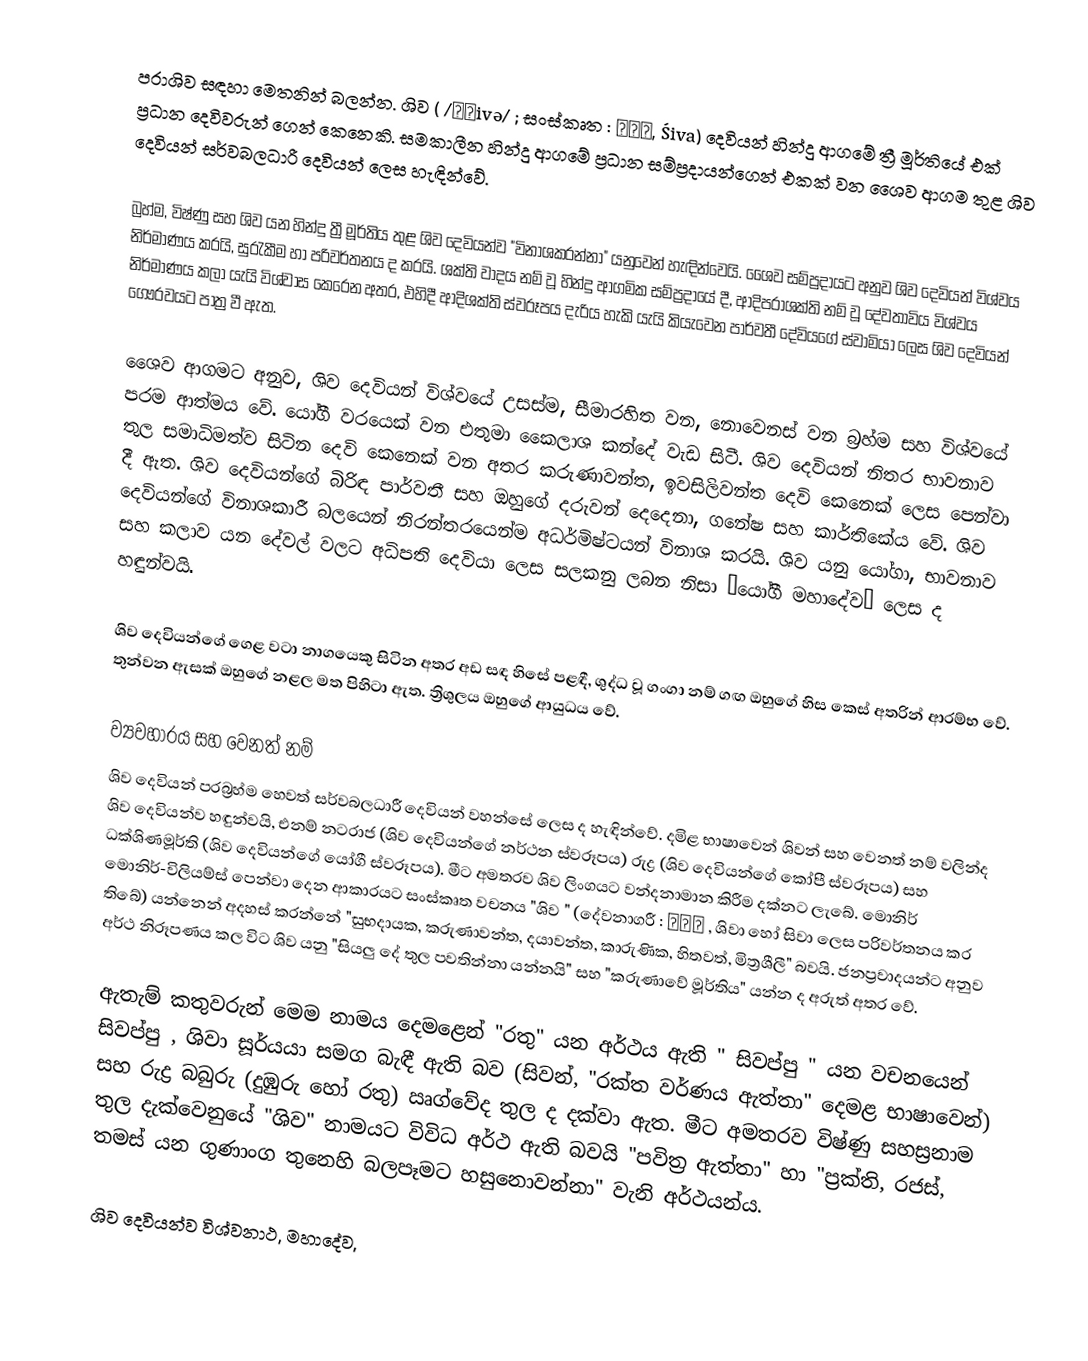
පරාශිව සඳහා මෙතනින් බලන්න. ශිව ( /ˈʃivə/ ; සංස්කෘත : शिव, Śiva) දෙවියන් හින්දු ආගමේ ත්‍රී මූර්තියේ එක් ප්‍රධාන දෙවිවරුන් ගෙන් කෙනෙකි. සමකාලීන හින්දු ආගමේ ප්‍රධාන සම්ප්‍රදායන්ගෙන් එකක් වන ශෛව ආගම තුළ ශිව දෙවියන් සර්වබලධාරී දෙවියන් ලෙස හැඳින්වේ.

බ්‍රහ්ම, විෂ්ණු සහ ශිව යන හින්දු ත්‍රී මූර්තිය තුළ ශිව දෙවියන්ව "විනාශකරන්නා" යනුවෙන් හැඳින්වෙයි. ශෛව සම්ප්‍රදායට අනුව ශිව දෙවියන් විශ්වය නිර්මාණය කරයි, සුරැකීම හා පරිවර්තනය ද කරයි. ශක්ති වාදය නම් වූ හින්දු ආගමික සම්ප්‍රදායේ දී, ආදිපරාශක්ති නම් වූ දේවතාවිය විශ්වය නිර්මාණය කලා යැයි විශ්වාස කෙරෙන අතර, එහිදී ආදිශක්ති ස්වරූපය දැරිය හැකි යැයි කියැවෙන පාර්වතී දේවියගේ ස්වාමියා ලෙස ශිව දෙවියන් ගෞරවයට පාත්‍ර වී ඇත.

ශෛව ආගමට අනුව, ශිව දෙවියන් විශ්වයේ උසස්ම, සීමාරහිත වන, නොවෙනස් වන බ්‍රහ්ම සහ විශ්වයේ පරම ආත්මය වේ. යෝගී වරයෙක් වන එතුමා කෛලාශ කන්දේ වැඩ සිටී. ශිව දෙවියන් නිතර භාවනාව තුල සමාධිමත්ව සිටින දෙවි කෙනෙක් වන අතර කරුණාවන්ත, ඉවසිලිවන්ත දෙවි කෙනෙක් ලෙස පෙන්වා දී ඇත. ශිව දෙවියන්ගේ බිරිඳ පාර්වතී සහ ඔහුගේ දරුවන් දෙදෙනා, ගනේෂ සහ කාර්තිකේය වේ. ශිව දෙවියන්ගේ විනාශකාරී බලයෙන් නිරන්තරයෙන්ම අධර්මිෂ්ටයන් විනාශ කරයි. ශිව යනු යෝගා, භාවනාව සහ කලාව යන දේවල් වලට අධිපති දෙවියා ලෙස සලකනු ලබන නිසා “යෝගී මහාදේව“ ලෙස ද හඳුන්වයි.

ශිව දෙවියන්ගේ ගෙළ වටා නාගයෙකු සිටින අතර අඩ සඳ හිසේ පළඳී, ශුද්ධ වූ ගංගා නම් ගඟ ඔහුගේ හිස කෙස් අතරින් ආරම්භ වේ. තුන්වන ඇසක් ඔහුගේ නළල මත පිහිටා ඇත. ත්‍රිශුලය ඔහුගේ ආයුධය වේ.

ව්‍යවහාරය සහ වෙනත් නම්
ශිව දෙවියන් පරබ්‍රහ්ම හෙවත් සර්වබලධාරී දෙවියන් වහන්සේ ලෙස ද හැඳින්වේ. දමිළ භාෂාවෙන් ශිවන් සහ වෙනත් නම් වලින්ද ශිව දෙවියන්ව හඳුන්වයි, එනම් නටරාජ (ශිව දෙවියන්ගේ නර්ථන ස්වරූපය) රුද්‍ර (ශිව දෙවියන්ගේ කෝපී ස්වරූපය) සහ ධක්ශිණමූර්ති (ශිව දෙවියන්ගේ යෝගී ස්වරූපය). මීට අමතරව ශිව ලිංගයට වන්දනාමාන කිරීම දක්නට ලැබේ. මොනිර් මොනිර්-විලියම්ස් පෙන්වා දෙන ආකාරයට සංස්කෘත වචනය "ශිව " (දේවනාගරී : शिव  , ශිවා හෝ සිවා ලෙස පරිවර්තනය කර තිබේ) යන්නෙන් අදහස් කරන්නේ "සුභදායක, කරුණාවන්ත, දයාවන්ත, කාරුණික, හිතවත්, මිත්‍රශීලී" බවයි. ජනප්‍රවාදයන්ට අනුව අර්ථ නිරූපණය කල විට ශිව යනු "සියලු දේ තුල පවතින්නා යන්නයි" සහ "කරුණාවේ මූර්තිය" යන්න ද අරුත් අතර වේ.

ඇතැම් කතුවරුන් මෙම නාමය දෙමළෙන් "රතු" යන අර්ථය ඇති " සිවප්පු " යන වචනයෙන් සිවප්පු , ශිවා සූර්යයා සමග බැඳී ඇති බව (සිවන්, "රක්ත වර්ණය ඇත්තා" දෙමළ භාෂාවෙන්) සහ රුද්‍ර බබුරු (දුඹුරු හෝ රතු) ඍග්වේද තුල ද දක්වා ඇත. මීට අමතරව විෂ්ණු සහස්‍රනාම තුල දැක්වෙනුයේ "ශිව" නාමයට විවිධ අර්ථ ඇති බවයි "පවිත්‍ර ඇත්තා" හා "ප්‍රක්ති, රජස්, තමස් යන ගුණාංග තුනෙහි බලපෑමට හසුනොවන්නා" වැනි අර්ථයන්ය.

ශිව දෙවියන්ව විශ්වනාථ, මහාදේව,